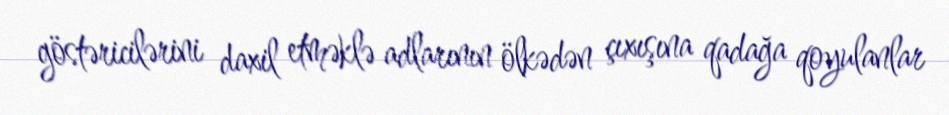
göstəricilərini daxil etməklə adlarının ölkədən çıxışına qadağa qoyulanlar